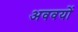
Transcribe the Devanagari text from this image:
अववयों